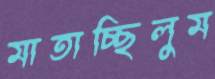
মাতাচ্ছিলুম